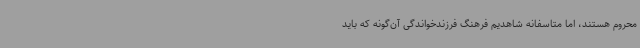
محروم هستند، اما متاسفانه شاهدیم فرهنگ فرزندخواندگی آن‌گونه که باید